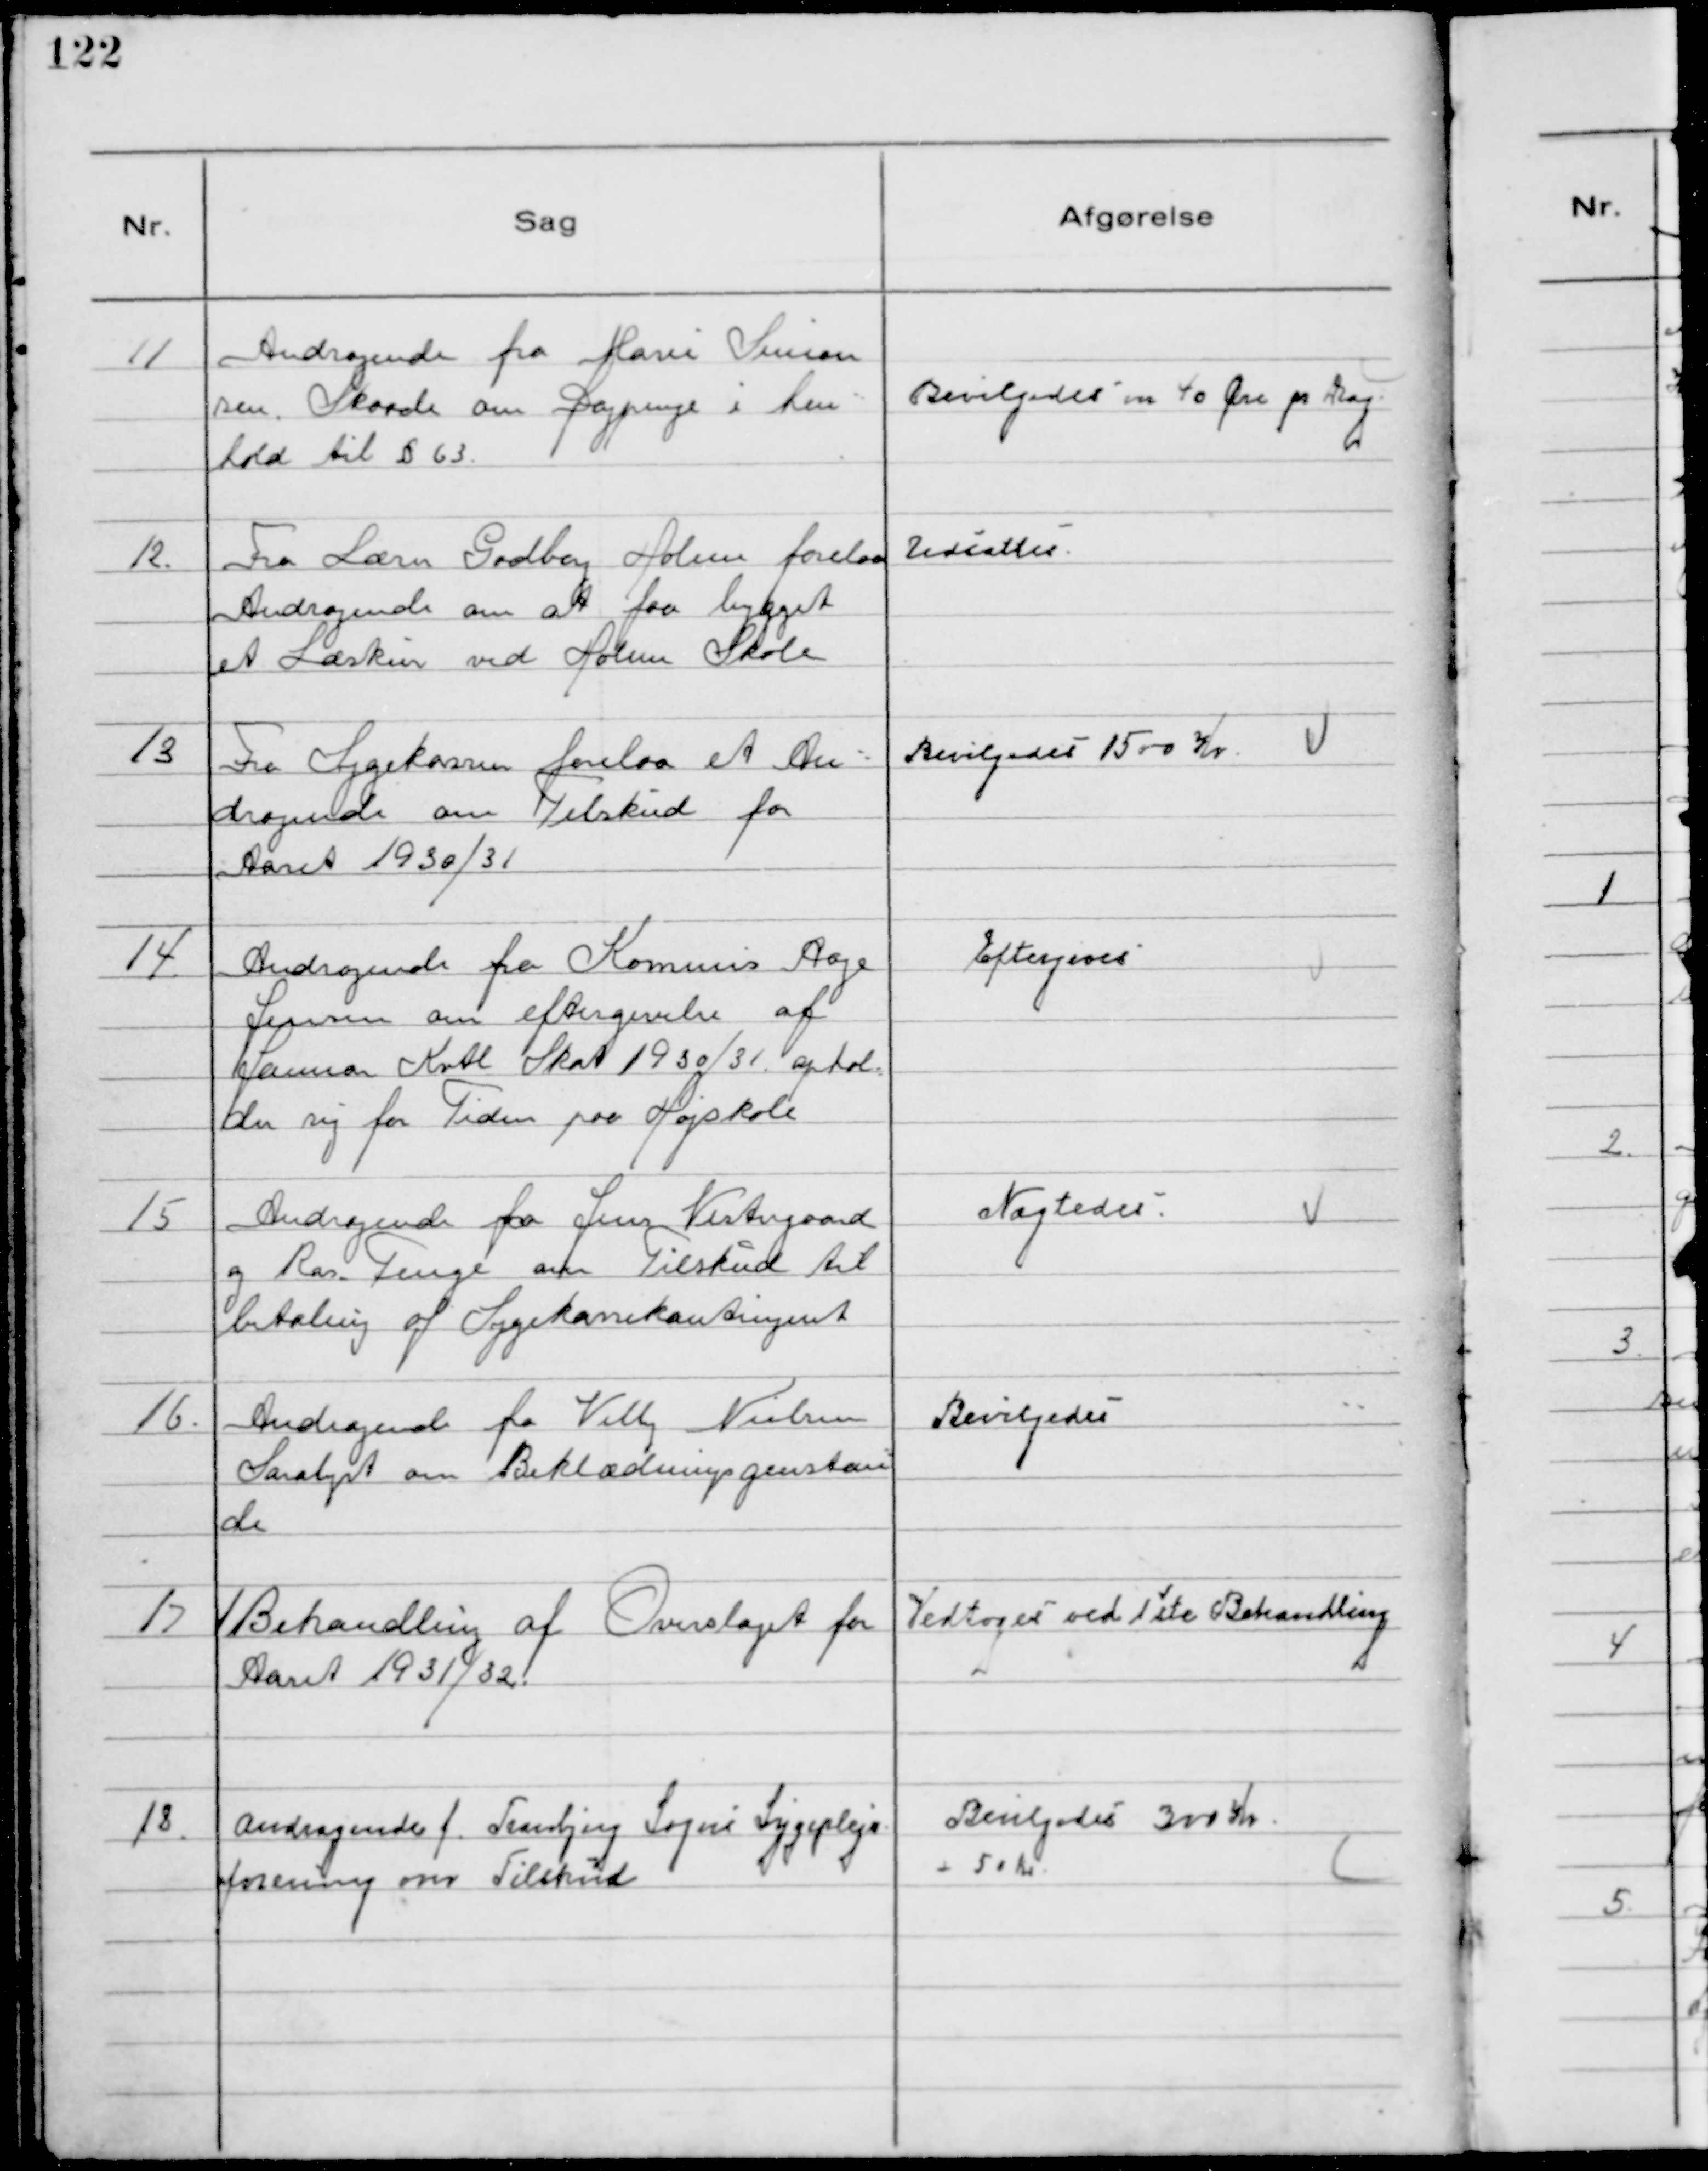
Transskription:
11
Andragende fra Marie Simon
sen Skaade om Dagpenge i hen-
hold til § 63.

Bevilgedes m 40 Øre pr Dag

12.
Fra Lærer Godberg Holme forelaa
Andragende om at faa bygget
et Læskur ved Holme Skole

Udsattes

13
Fra Sygekassen forelaa et An-
dragende om Tilskud for
Aaret 1930/31

Bevilgedes 1500 Kr.

14.
Andragende fra Kommis Aage
Jensen om eftergivelse af
Januar Kvtl Skat 1930/31. ophol
der sig for Tiden paa Højskole

Eftergives

15
Andragende fra Jens Vestergaard
og Ras. Fenge om Tilskud til
betaling af Sygekassekontingent

Nægtedes.

16.
Andragende fra Villy Nielsen
Saralyst om Beklædningsgenstan-
de

Bevilgedes

17
1Behandling af Overslaget for
Aaret 1931/32.

Vedtoges ved 1ste Behandling

18.
Andragende f. Tranbjerg Sogns Sygepleje
forening om Tilskud

Bevilgedes 300 Kr
+ 50 Kr